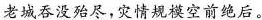
老城吞没殆尽，灾情规模空前绝后。